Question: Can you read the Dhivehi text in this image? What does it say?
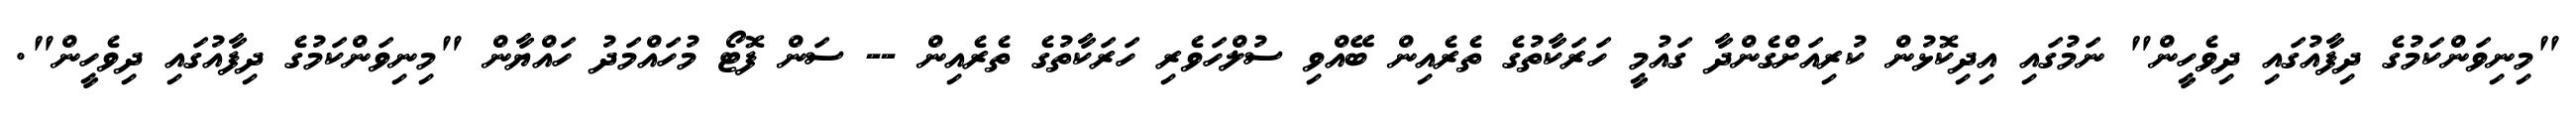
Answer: "މިނިވަންކަމުގެ ދިފާއުގައި ދިވެހީން" ނަމުގައި އިދިކޮޅުން ކުރިއަށްގެންދާ ގައުމީ ހަރަކާތުގެ ތެރެއިން ބޭއްވި ސުލްހަވެރި ހަރަކާތުގެ ތެރެއިން -- ސަން ފޮޓޯ މުހައްމަދު ހައްޔާން "މިނިވަންކަމުގެ ދިފާއުގައި ދިވެހީން".